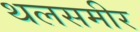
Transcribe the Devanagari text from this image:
थलसमीर